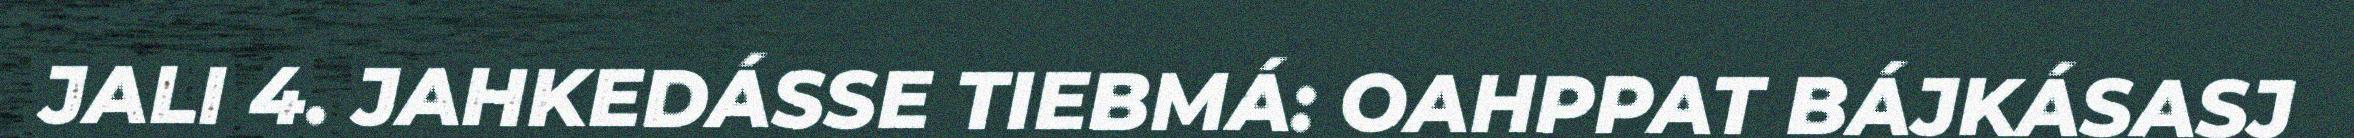
JALI 4. JAHKEDÁSSE TIEBMÁ: OAHPPAT BÁJKÁSASJ